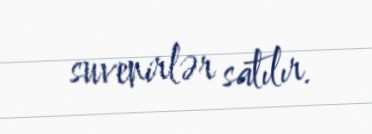
suvenirlər satılır.